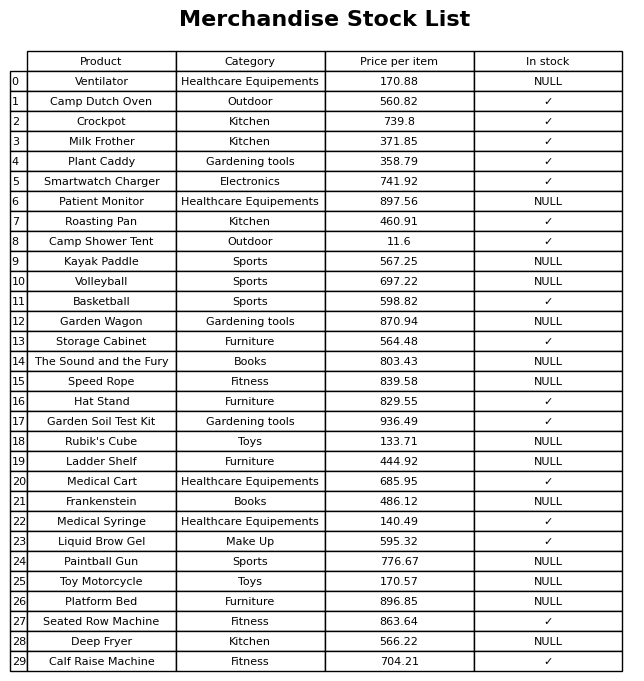
question: Which products are available in stock?
answer: Camp Dutch Oven, Crockpot, Milk Frother, Plant Caddy, Smartwatch Charger, Roasting Pan, Camp Shower Tent, Basketball, Storage Cabinet, Hat Stand, Garden Soil Test Kit, Medical Cart, Medical Syringe, Liquid Brow Gel, Seated Row Machine, Calf Raise Machine